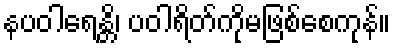
နပဝါရေန္တိ၊ ပဝါရိတ်ကိုမဖြစ်စေကုန်။